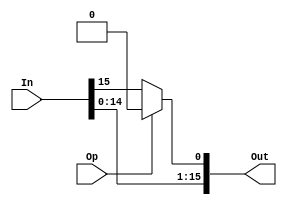
/*
    shift/rotate the input to the left by one bit
    Op is 1, shift
    Op is 0, rotate
 */
module left_shifter_1 (In, Op, Out);
	parameter   N = 16;
   	parameter	B = 1;

   	input[N-1:0]    In;
   	input			Op;
   	output[N-1:0]   Out;

   	// B bits of 0
   	wire[B-1:0] b0 = {B{1'b0}};
    // shift/rotate the input by B bits
   	assign Out = {In[N-1-B:0], Op ? b0 : In[N-1:N-B]};
endmodule